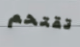
تقتحم